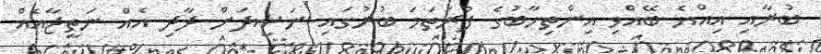
ބުރާއި އިއްޔެ ބޭއްވި އިންތިހާބުގެ ފުރަތަމަ ބުރުގައި ނަޝީދަށް ދާދި އެއް ނަތީޖާއެއް